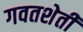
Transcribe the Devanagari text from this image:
गवतशेती